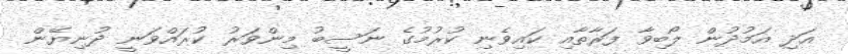
އަދި އަމުދުން ލޯބިވާ ފަރާތާއި ކައިވެނި ކުރުމުގެ ނަސީބު މިންވަރު ކުރައްވަނީ ދުނިޔޭން